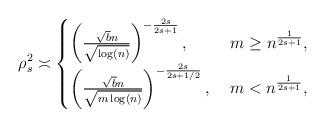
LaTeX: \begin{align*}\rho^2_s \asymp \begin{cases} \left(\frac{ \sqrt{b} n}{\sqrt{\log(n)}}\right)^{-\frac{2s}{2s+1}}, & \; m \geq n^{\frac{1}{2s+1}}, \\\left(\frac{\sqrt{b} n }{\sqrt{m \log(n)}}\right)^{-\frac{2s}{2s+1/2}}, & \; m < n^{\frac{1}{2s+1}}, \end{cases}\end{align*}